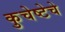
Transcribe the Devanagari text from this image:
कुचेष्टेचे